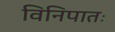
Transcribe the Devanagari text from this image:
विनिपातः